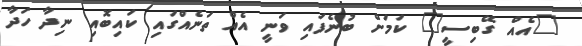
"އެއް ގޭބިސީ" ކަމަށް ބުނެފައި ވަނީ އެއް ތަނެއްގައި ކައިބޮއި ނިދާ ހަދާ